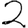
Digit: 2